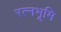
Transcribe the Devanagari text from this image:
रत्नभूमि